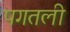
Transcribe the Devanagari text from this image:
पगतली